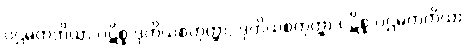
ပဌမတတိယာ ပဋိစ္စ ဒုတိယစတုတ္ထာ, ဒုတိယစတုတ္ထာ ပဋိစ္စ ပဌမတတိယာ,